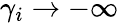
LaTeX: \gamma_{i}\to-\infty